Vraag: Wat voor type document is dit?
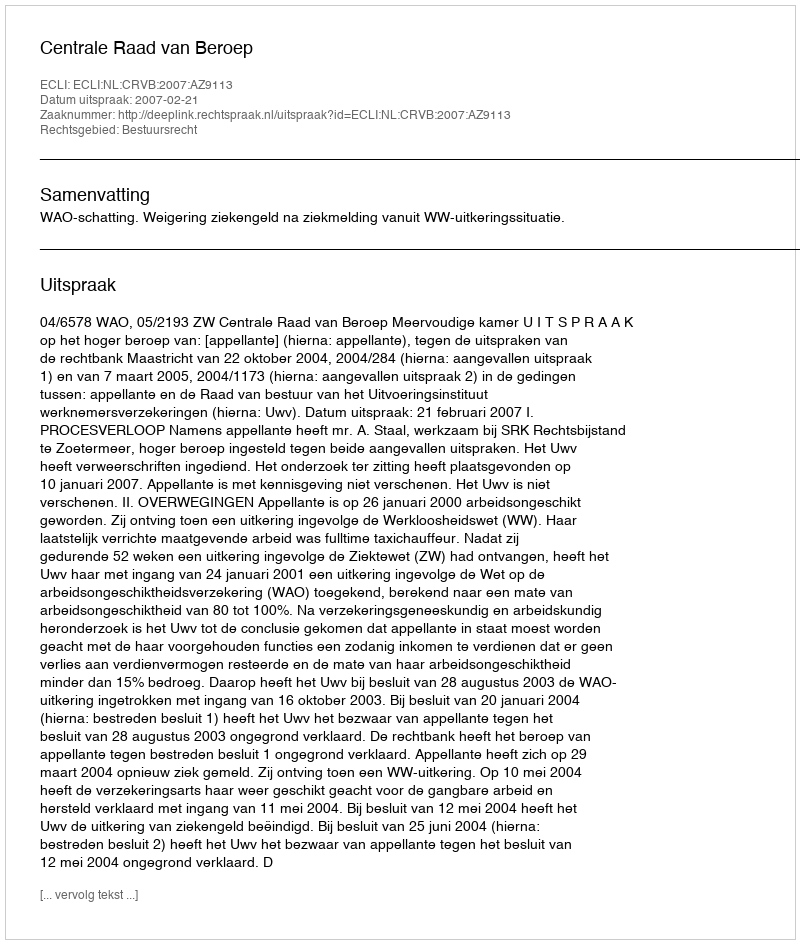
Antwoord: Uitspraak